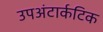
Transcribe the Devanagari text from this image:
उपअंटार्कटिक